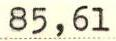
85,61